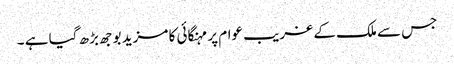
جس سے ملک کے غریب عوام پر مہنگائی کا مزید بوجھ بڑھ گیا ہے ۔